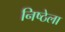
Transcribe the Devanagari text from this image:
निष्ठेला